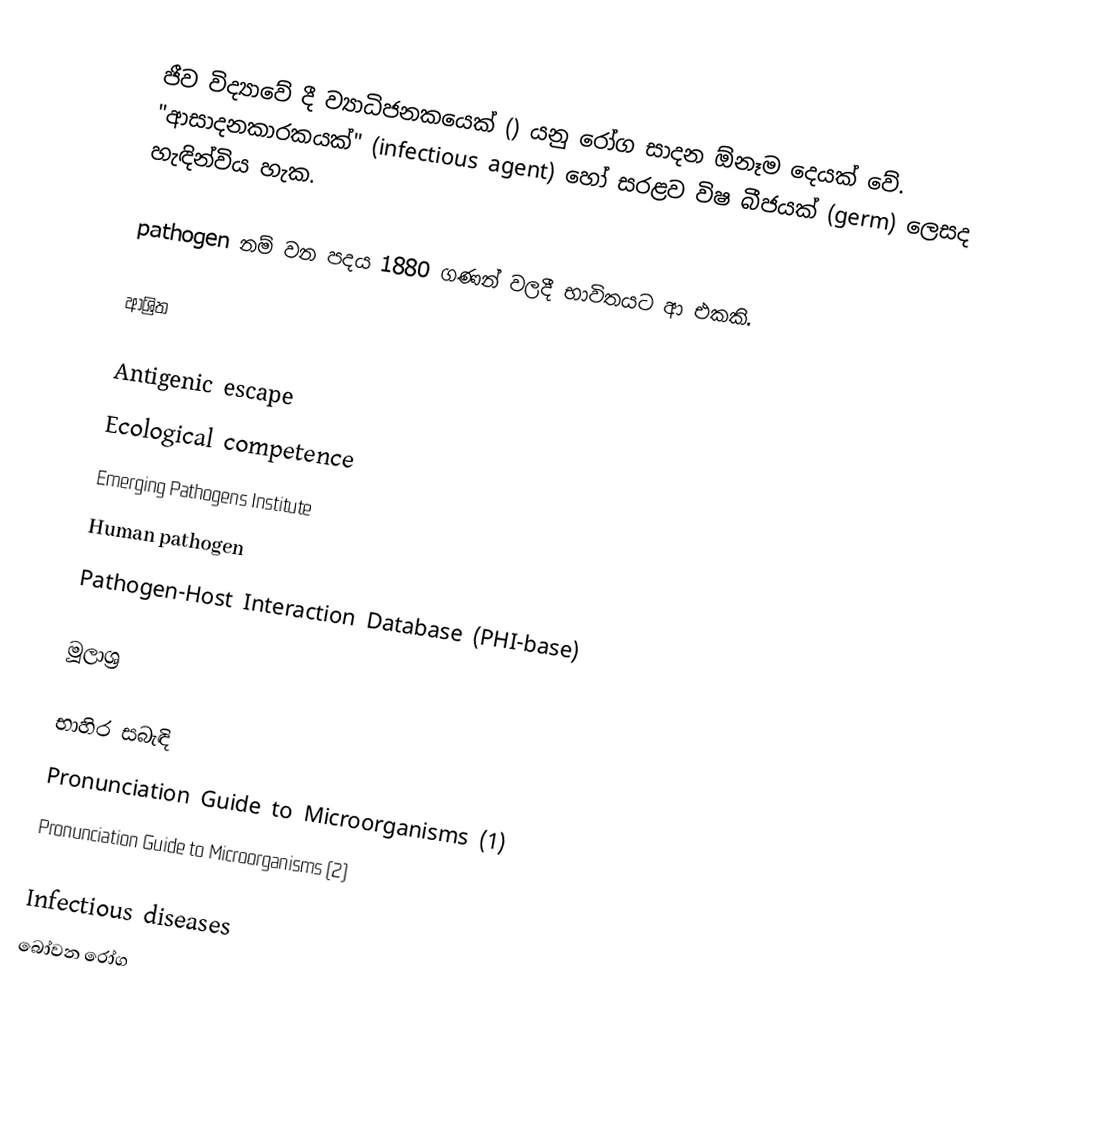
ජීව විද්‍යාවේ දී ව්‍යාධිජනකයෙක් () යනු රෝග සාදන ඕනෑම දෙයක් වේ. "ආසාදනකාරකයක්" (infectious agent) හෝ සරළව විෂ බීජයක් (germ) ලෙසද හැඳින්විය හැක.

pathogen නම් වන පදය 1880 ගණන් වලදී භාවිතයට ආ එකකි.

ආශ්‍රිත

 Antigenic escape
 Ecological competence
 Emerging Pathogens Institute
 Human pathogen
 Pathogen-Host Interaction Database (PHI-base)

මූලාශ්‍ර

භාහිර සබැඳි
 Pronunciation Guide to Microorganisms (1)
 Pronunciation Guide to Microorganisms (2)

Infectious diseases
බෝවන රෝග